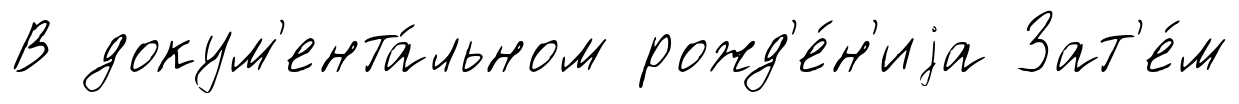
В докум'ента́льном рожд'е́н'иjа Зат'е́м